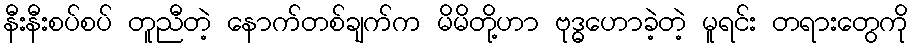
နီးနီးစပ်စပ် တူညီတဲ့ နောက်တစ်ချက်က မိမိတို့ဟာ ဗုဒ္ဓဟောခဲ့တဲ့ မူရင်း တရားတွေကို